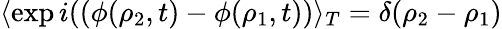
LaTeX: \langle\exp i((\phi(\rho_{2},t)-\phi(\rho_{1},t))\rangle_{T}=\delta(\rho_{2}-\rho_{1})